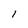
Character: 1